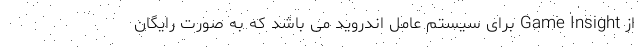
از Game Insight برای سیستم عامل اندروید می باشد که به صورت رایگان